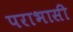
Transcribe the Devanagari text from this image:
पराभासी